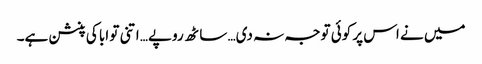
میں نے اس پر کوئی توجہ نہ دی… ساٹھ روپے… اتنی تو ابا کی پنشن ہے۔